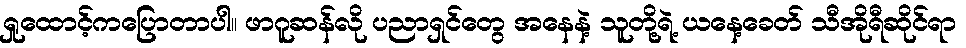
ရှုထောင့်ကပြောတာပါ။ ဖာဂူဆန်လို ပညာရှင်တွေ အနေနဲ့ သူတို့ရဲ့ ယနေ့ခေတ် သီအိုရီဆိုင်ရာ